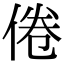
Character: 倦